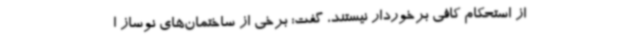
از استحکام کافی برخوردار نیستند، گفت: برخی از ساختمان‌های نوساز ا